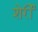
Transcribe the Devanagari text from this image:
शेर्री